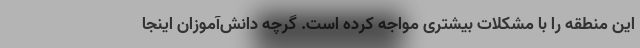
این منطقه را با مشکلات بیشتری مواجه کرده است. گرچه دانش‌آموزان اینجا